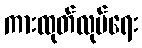
ကားထုတ်လုပ်ရေး